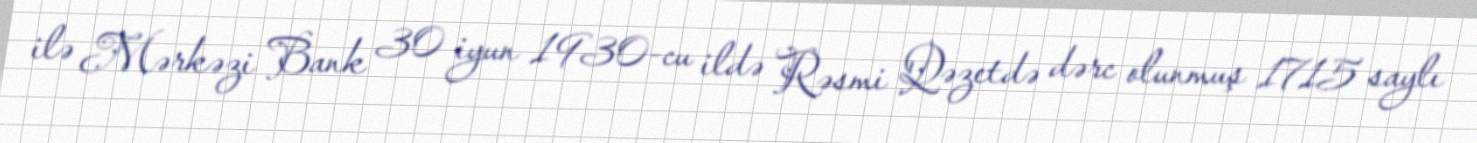
ilə Mərkəzi Bank 30 iyun 1930-cu ildə Rəsmi Qəzetdə dərc olunmuş 1715 saylı